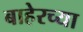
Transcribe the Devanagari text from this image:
बाहेरच्‍या